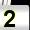
Digit: 2